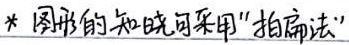
图形的知晓可采用“拍扁法”